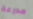
مدرعة